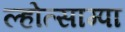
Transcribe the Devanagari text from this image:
ल्होत्साम्पा